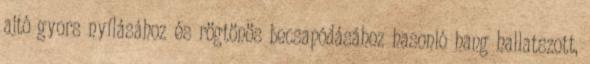
ajtó gyors nyílásához és rögtönös becsapódásához hasonló hang hallatszott,